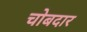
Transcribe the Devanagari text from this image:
चोबदार